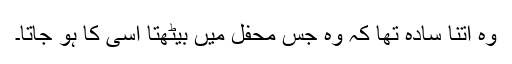
وہ اتنا سادہ تھا کہ وہ جس محفل میں بیٹھتا اُسی کا ہو جاتا۔